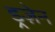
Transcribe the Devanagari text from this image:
ड्रज़ेन